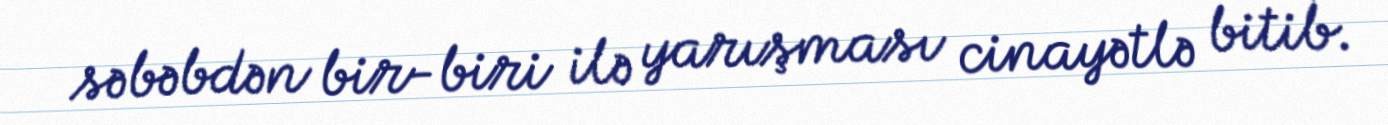
səbəbdən bir-biri ilə yarışması cinayətlə bitib.